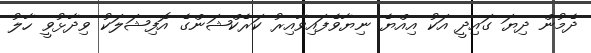
ދެމުން ދިޔަ ގައިދީ އަކު އިއްޔެ ނިޔާވެފައިވާއިރު ކަރެކްޝަންގެ އޮފިޝަލަކު ވިދާޅުވީ ހާލު